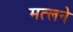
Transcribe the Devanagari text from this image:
मत्लने